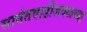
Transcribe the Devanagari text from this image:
सावंतवाडीजवळच्या